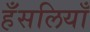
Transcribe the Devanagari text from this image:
हँसलियाँ